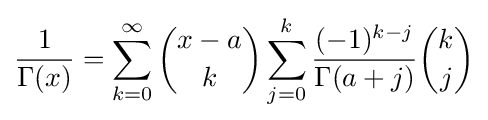
{\frac {1}{\Gamma (x)}}=\sum _{k=0}^{\infty }{x-a \choose k}\sum _{j=0}^{k}{\frac {(-1)^{k-j}}{\Gamma (a+j)}}{k \choose j}